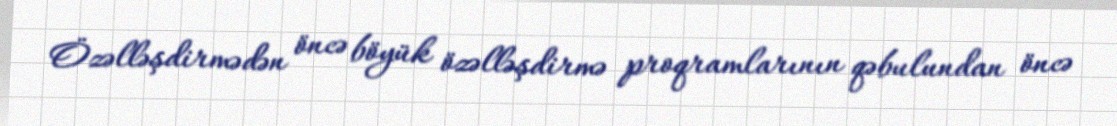
Özəlləşdirmədən öncə böyük özəlləşdirmə proqramlarının qəbulundan öncə